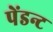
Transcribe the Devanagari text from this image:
पेंडन्ट